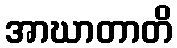
အာဃာတာတိ